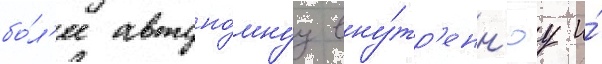
бо́л'ее автоно́мнуу вну́тр'енн'юу и́